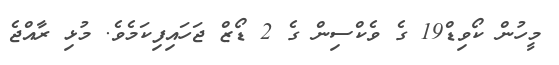
މީހުން ކޯވިޑް19 ގެ ވެކްސިން ގެ 2 ޑޯޒް ޖަހައިފިކަމެވެ. މުޅި ރާއްޖެ